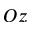
O z